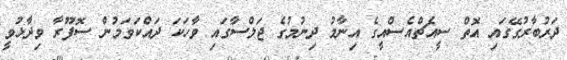
ދަރުބާރުގޭގައި އޮތް ސީއެޗްއެސްއީގެ އިނާމު ދިނުމުގެ ޖަލްސާގައި ވާހަކަ ދައްކަވަމުން ސޮފޫރާ ވިދާޅުވީ